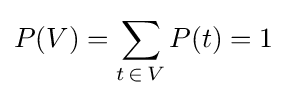
P(V)=\sum _{t\mathop {\in } V}P(t)=1